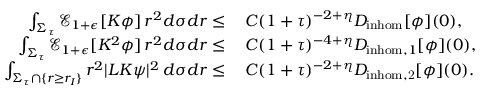
\begin{array} { r l } { \int _ { \Sigma _ { \tau } } \mathcal { E } _ { 1 + \epsilon } [ K \phi ] \, r ^ { 2 } d \sigma d r \leq } & { \: C ( 1 + \tau ) ^ { - 2 + \eta } D _ { \mathrm { i n h o m } } [ \phi ] ( 0 ) , } \\ { \int _ { \Sigma _ { \tau } } \mathcal { E } _ { 1 + \epsilon } [ K ^ { 2 } \phi ] \, r ^ { 2 } d \sigma d r \leq } & { \: C ( 1 + \tau ) ^ { - 4 + \eta } D _ { \mathrm { i n h o m } , 1 } [ \phi ] ( 0 ) , } \\ { \int _ { \Sigma _ { \tau } \cap \{ r \geq r _ { I } \} } r ^ { 2 } | L K \psi | ^ { 2 } \, d \sigma d r \leq } & { \: C ( 1 + \tau ) ^ { - 2 + \eta } D _ { \mathrm { i n h o m , 2 } } [ \phi ] ( 0 ) . } \end{array}